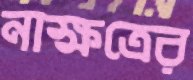
নাক্ষত্রের